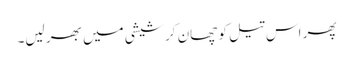
پھر اس تیل کو چھان کر شیشی میں بھر لیں۔